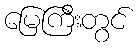
မြေကြီးတွင်